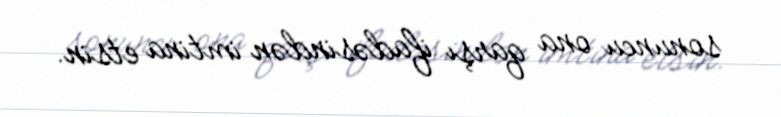
sonuncu ona qarşı ifadəsindən imtina etsin.